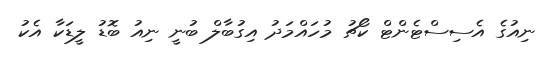
ނިއުގެ އެސިސްޓެންޓް ކޯޗު މުހައްމަދު އިގުބާލް ބުނީ ނިއު ބޮޑު ލީޑަކާ އެކު